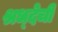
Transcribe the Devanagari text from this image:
श्रध्देची